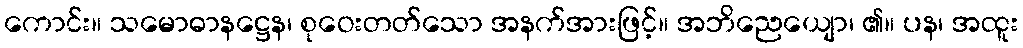
ကောင်း။ သမောဓာနဋ္ဌေန၊ စုဝေးတတ်သော အနက်အားဖြင့်။ အဘိညေယျော၊ ၏။ ပန၊ အထူး